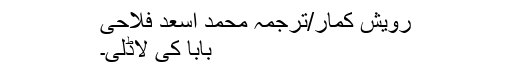
رویش کمار/ترجمہ محمد اسعد فلاحی
بابا کی لاڈلی۔